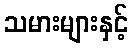
သမားများနှင့်